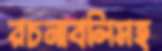
রচনাবলিসহ